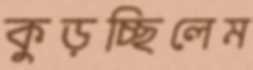
কুড়চ্ছিলেম